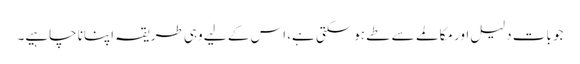
جو بات دلیل اور مکالمے سے طے ہوسکتی ہے، اس کے لیے وہی طریقہ اپنانا چاہیے۔